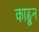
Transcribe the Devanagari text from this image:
काढू्न